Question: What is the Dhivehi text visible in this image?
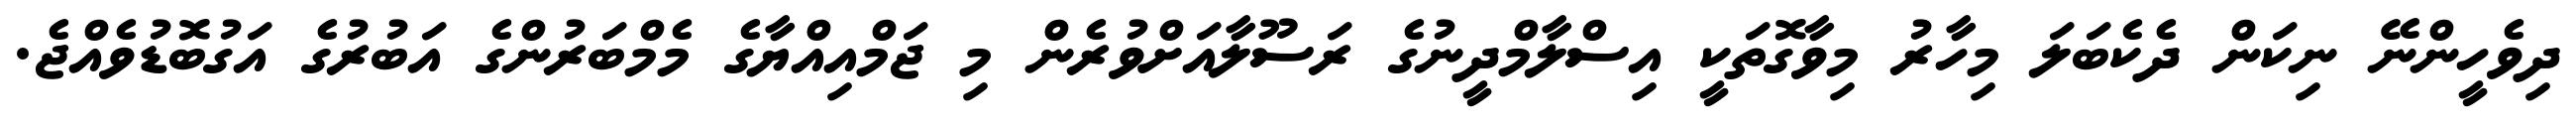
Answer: ދިވެހީންނޭ ނިކަން ދެކެބަލަ މިހާރު މިވާގޮތަކީ އިސްލާމްދީނުގެ ރަސޫލާއަށްވުރެން މި ޖަމްއިއްޔާގެ މެމްބަރުންގެ އަބުރުގެ އަގުބޮޑުވެއްޖެ.